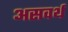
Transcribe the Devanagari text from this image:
असवर्थ